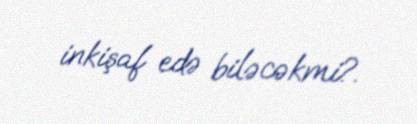
inkişaf edə biləcəkmi?.